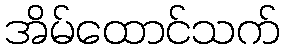
အိမ်ထောင်သက်